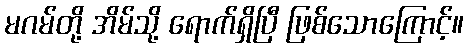
မဂမ်တို့ အိမ်သို့ ရောက်ရှိပြီ ဖြစ်သောကြောင့်။